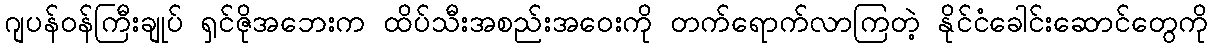
ဂျပန်ဝန်ကြီးချုပ် ရှင်ဇိုအဘေးက ထိပ်သီးအစည်းအဝေးကို တက်ရောက်လာကြတဲ့ နိုင်ငံခေါင်းဆောင်တွေကို